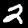
Digit: 2